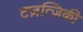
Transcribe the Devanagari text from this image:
टज़त्ज़िकी